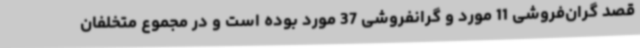
قصد گران‌فروشی 11 مورد و گرانفروشی 37 مورد بوده است و در مجموع متخلفان